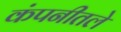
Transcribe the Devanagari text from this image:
कंपनीतले